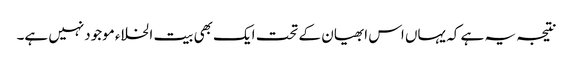
نتیجہ یہ ہے کہ یہاں اس ابھیان کے تحت ایک بھی بیت الخلاء موجودنہیں ہے۔